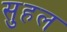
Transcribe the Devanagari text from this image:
सुहल